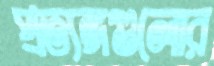
প্রত্যঙ্গগুলোর